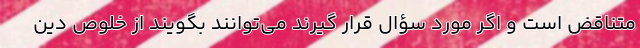
متناقض است و اگر مورد سؤال قرار گیرند می‌توانند بگویند از خلوص دین